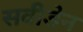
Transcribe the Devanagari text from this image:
सवीडेन